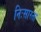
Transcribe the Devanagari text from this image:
निःसारता